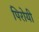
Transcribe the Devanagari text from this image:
पिरोयी